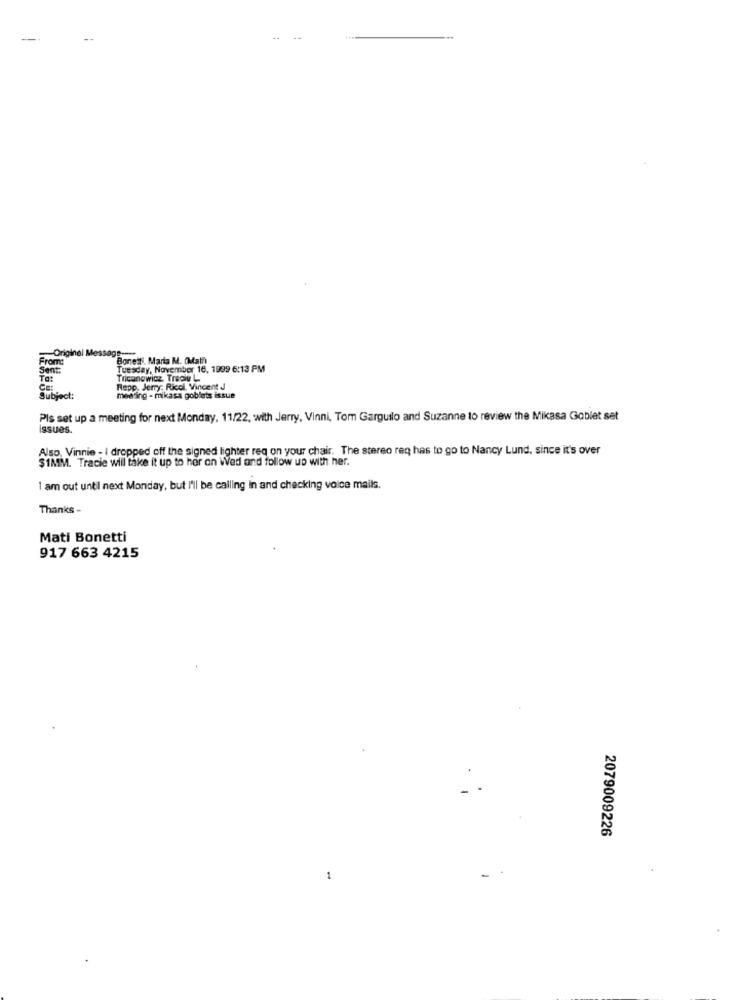
--
riginal Message-
Bonetti. Maria M. OMain)
From:
Sent:
Tuesday, November 16, 1999 6:13 PM
To:
Tricanowicz Trace L
Cet
Repp. Jemy; Ricci, Vincent J
Subject:
meeting - mikasa goblets issue
Pis set up a meeting for next Monday, 11/22, with Jerry, Vinni, Tom Garguilo and Suzanne to review the Mikasa Goblet set
issues.
Also, Vinnie - I dropped off the signed lighter req on your chair. The stereo req has to go to Nancy Lund, since it's over
$1MM. Tracie will take it up to her on Wed and follow up with her.
1 am out until next Monday, but I'll be calling In and checking voice mails.
Thanks -
Mati Bonetti
917 663 4215
2079009226
1